Problem: 49 + 2 = ?
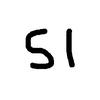
Handwritten answer: 51